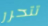
تتحرر